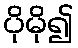
ပိုမို၍